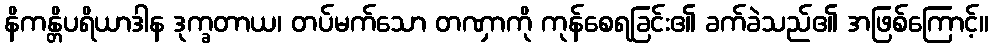
နိကန္တိပရိယာဒါန ဒုက္ခတာယ၊ တပ်မက်သော တဏှာကို ကုန်စေရခြင်း၏ ခက်ခဲသည်၏ အဖြစ်ကြောင့်။